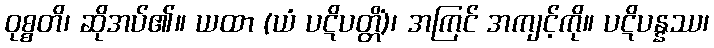
ဝုစ္စတိ၊ ဆိုအပ်၏။ ယထာ (ယံ ပဋိပတ္တိံ)၊ အကြင် အကျင့်ကို။ ပဋိပန္နဿ၊